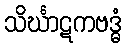
သိင်္ဃာဋကဗဒ္ဓံ